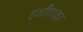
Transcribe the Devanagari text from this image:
इशीवाका